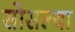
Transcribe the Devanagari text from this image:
सोसल्या